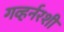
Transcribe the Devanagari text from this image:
गव्हर्नरशी